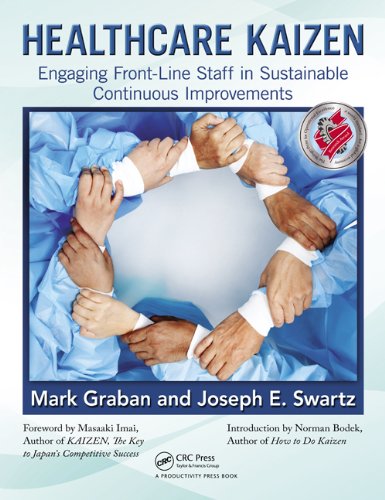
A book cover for Healthcare Kaizen: Engaging Front-Line Staff in Sustainable Continuous  Improvements; Mark Graban; Medical Books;